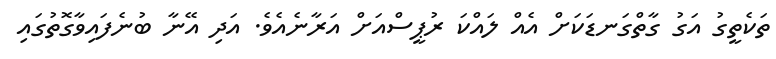
ތަކެތީގު އަގު ގާތްގަނޑަކަށް އެެއް ލައްކަ ރުޕީސްއަށް އަރާނެއެވެ. އަދި އޭނާ ބުނެފައިވާގޮތުގައި